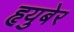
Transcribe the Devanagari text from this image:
हृयुबेर